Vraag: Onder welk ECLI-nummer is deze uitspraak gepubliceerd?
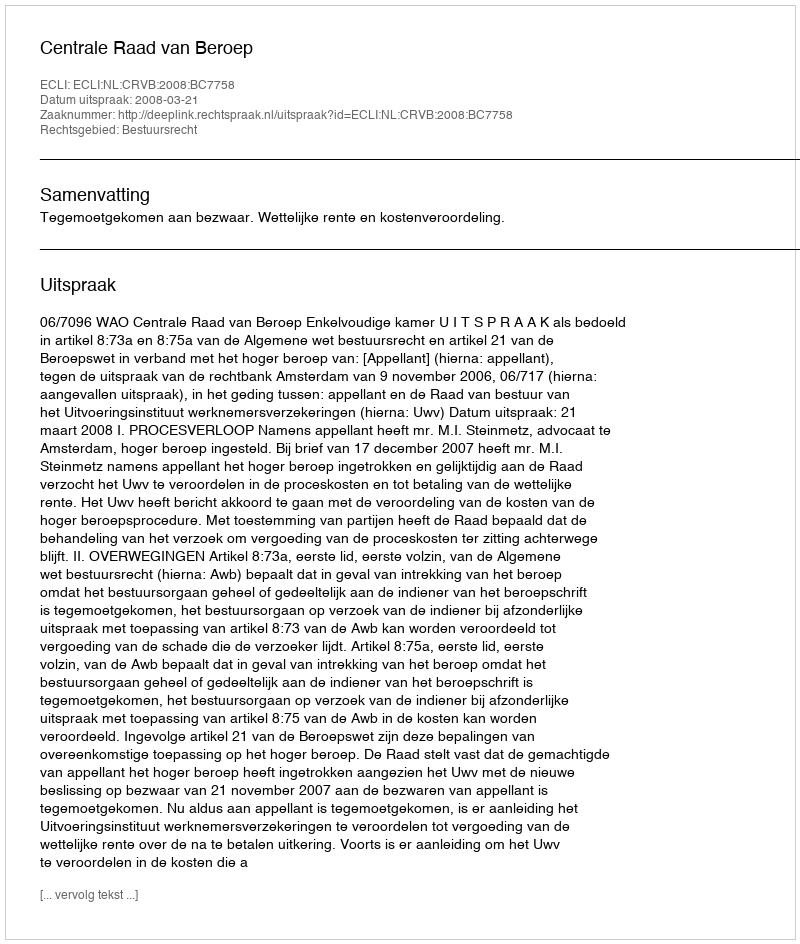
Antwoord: ECLI:NL:CRVB:2008:BC7758